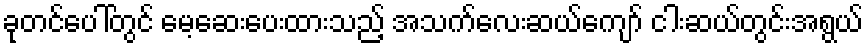
ခုတင်ပေါ်တွင် မေ့ဆေးပေးထားသည့် အသက်လေးဆယ်ကျော် ငါးဆယ်တွင်းအရွယ်